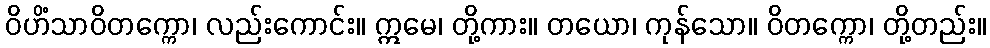
ဝိဟိံသာဝိတက္ကော၊ လည်းကောင်း။ ဣမေ၊ တို့ကား။ တယော၊ ကုန်သော။ ဝိတက္ကော၊ တို့တည်း။